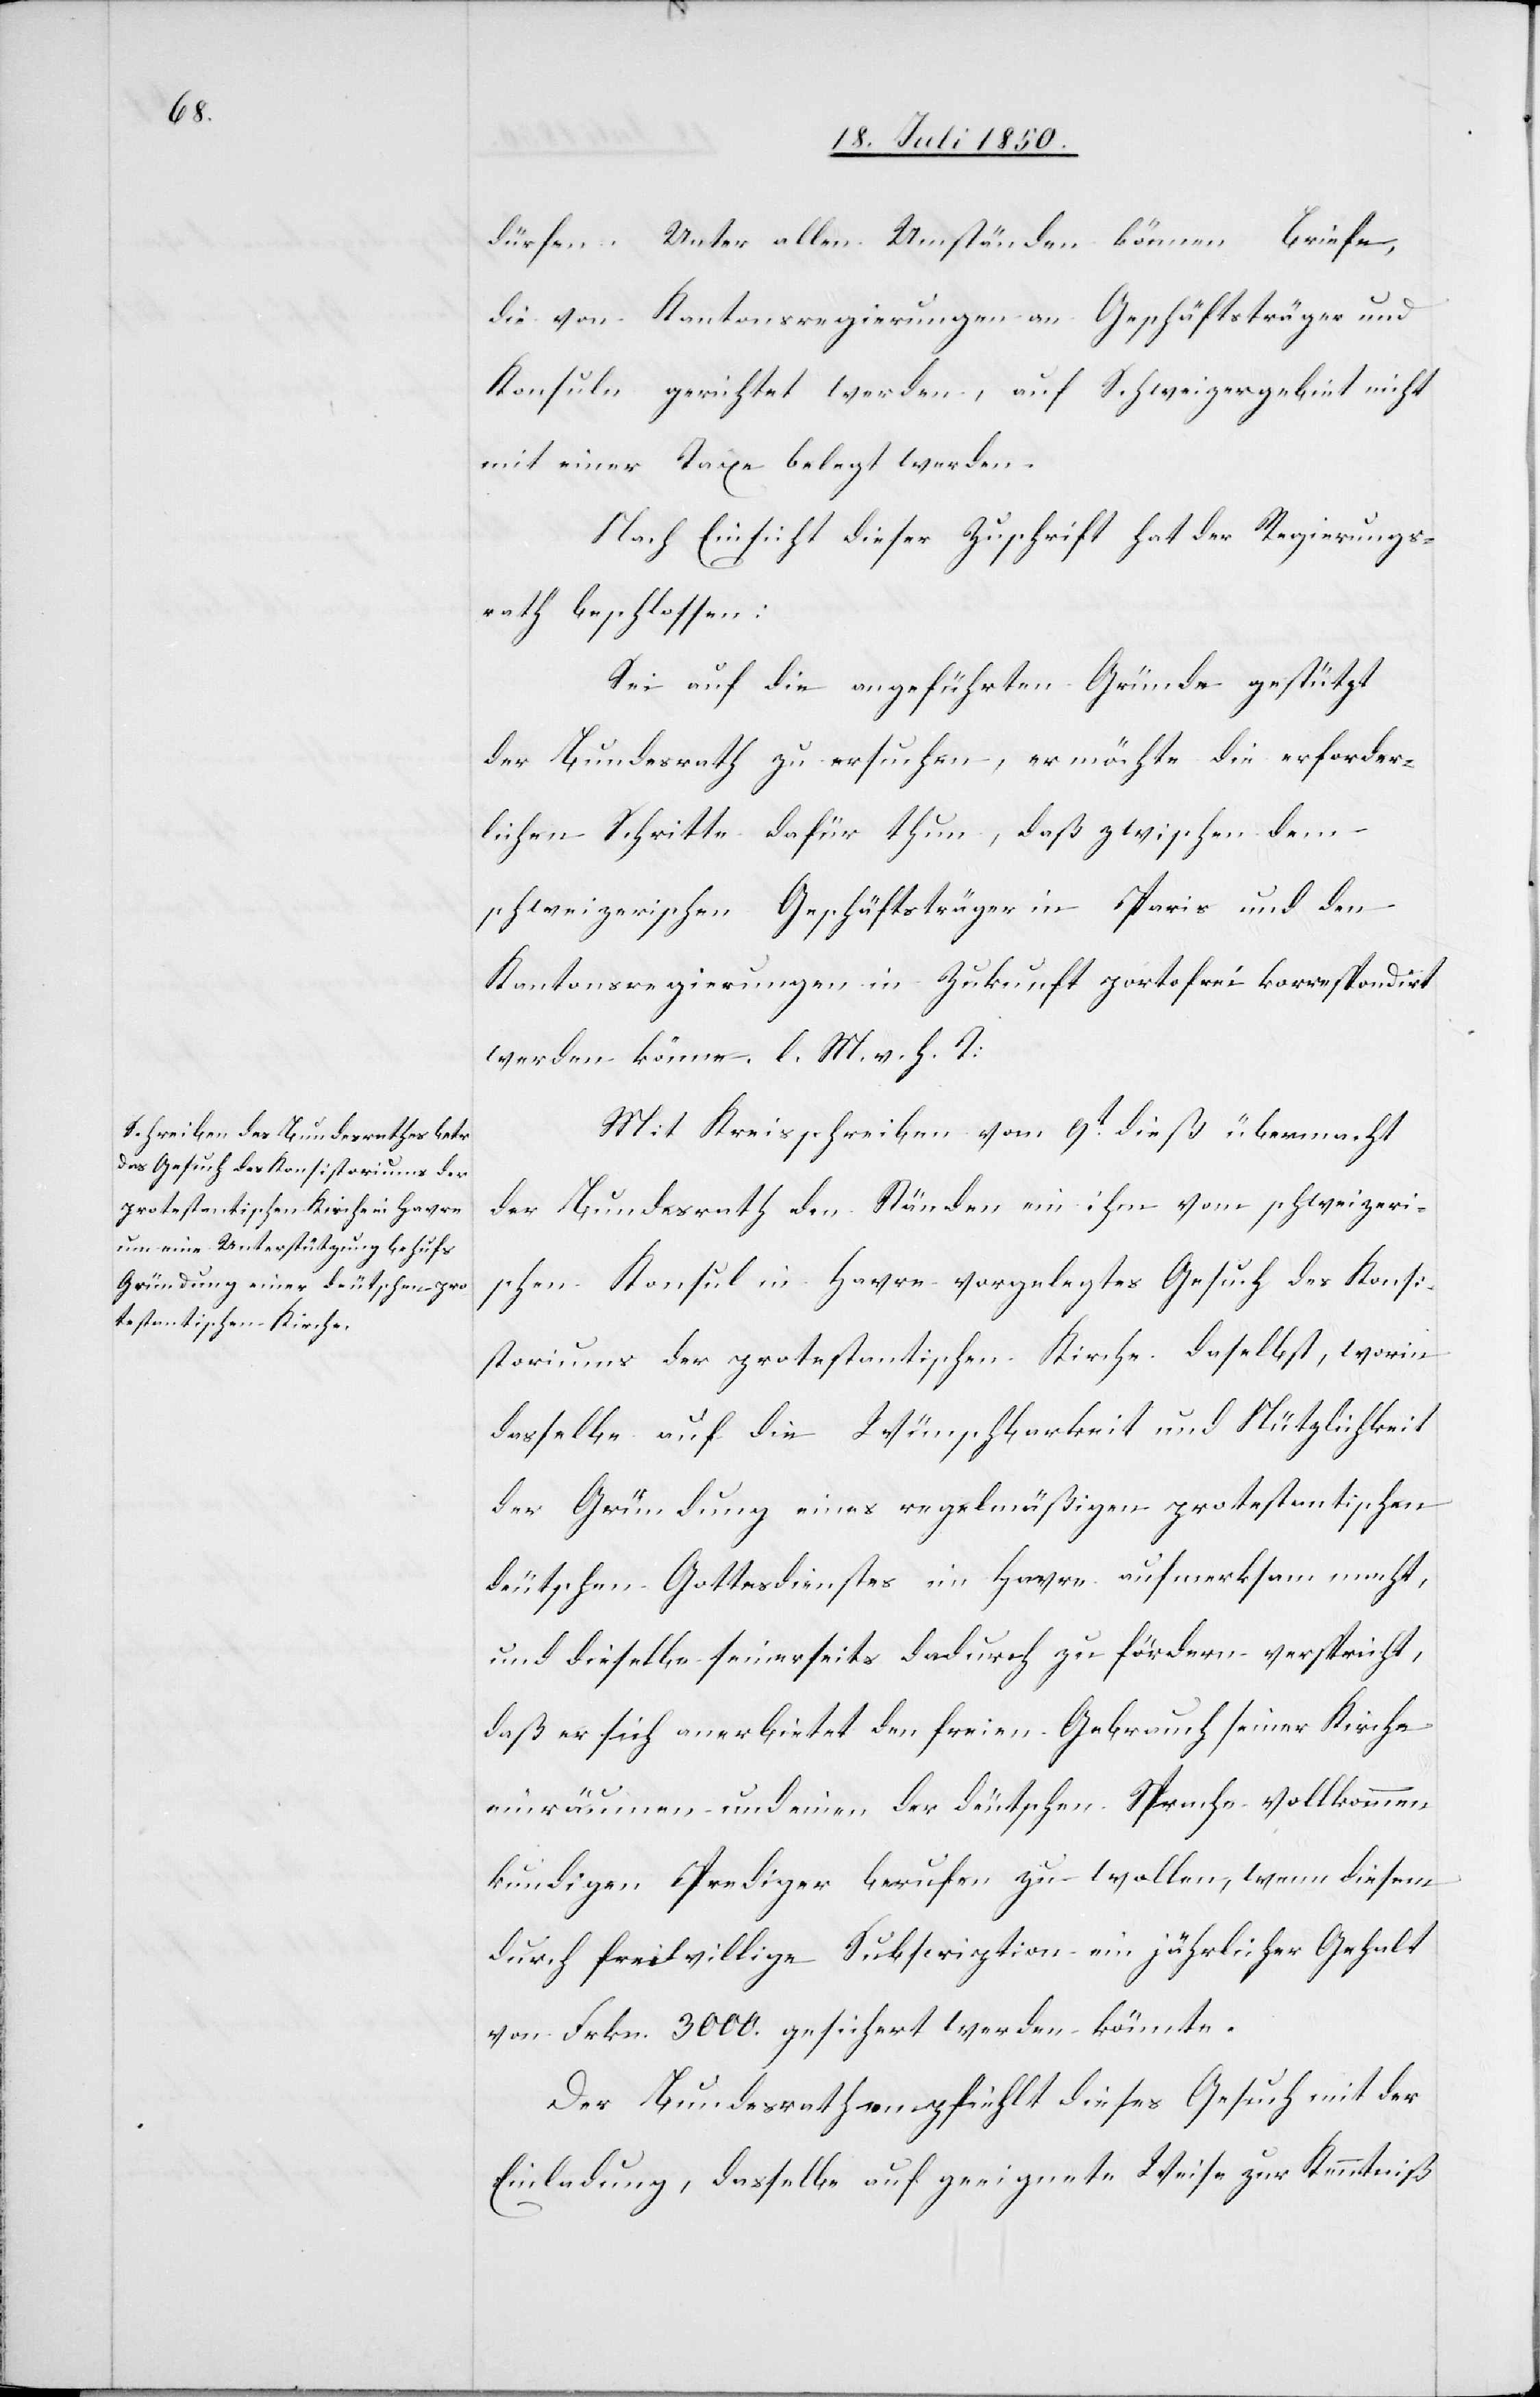
dürfen. Unter allen Umständen können Briefe,
die von Kantonsregierungen an Geschäftsträger und
Konsuln gerichtet werden, auf Schweizergebiet nicht
mit einer Taxe belegt werden.
Nach Einsicht dieser Zuschrift hat der Regierungs¬
rath beschlossen:
Sei auf die angeführten Gründe gestützt
der Bundesrath zu ersuchen, er möchte die erforder¬
lichen Schritte dafür thun, daß zwischen dem
schweizerischen Geschäftsträger in Paris und den
Kantonsregierungen in Zukunft portofrei korrespondirt
werden könne. l. M. v. h. T:
Mit Kreisschreiben vom 9t dieß übermacht
der Bundesrath den Ständen ein ihm vom schweizeri¬
schen Konsul in Havre vorgelegtes Gesuch des Konsi¬
storiums der protestantischen Kirche daselbst, worin
dasselbe auf die Wünschbarkeit und Nützlichkeit
der Gründung eines regelmäßigen protestantischen
deutschen Gottesdienstes im Havre aufmerksam macht,
und dieselbe seinerseits dadurch zu fördern verspricht,
daß er sich anerbietet den freien gebrauch seiner Kirche
einräumen und einen der deutschen Sprache vollkommen
kundigen Prediger berufen zu wollen, wenn diesem
durch freiwillige Subscription ein jährlicher Gehalt
von Frkn. 3000. gesichert werden könnte.
Der Bundesrath empfiehlt dieses Gesuch mit der
Einladung, dasselbe auf geeignete Weise zur Kenntniß